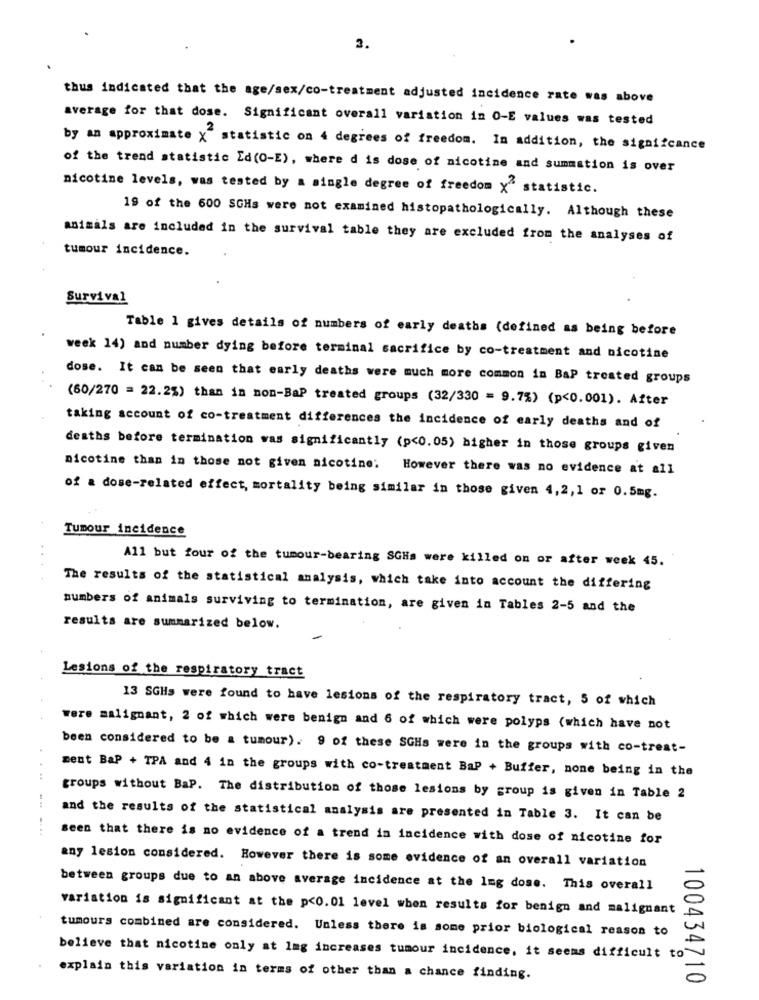
3.
thus indicated that the age/sex/co-treatment adjusted incidence rate was above
average for that dose. Significant overall variation in O-E values was tested
by an approximate x statistic on 4 degrees of freedom. In addition, the signifcance
of the trend statistic Ed(0-E), where d is dose of nicotine and summation is over
nicotine levels, was tested by a single degree of freedom X" statistic.
19 of the 600 SGHs were not examined histopathologically. Although these
animals are included in the survival table they are excluded from the analyses of
tumour incidence.
Survival
Table 1 gives details of numbers of early deaths (defined as being before
week 14) and number dying before terminal sacrifice by co-treatment and nicotine
dose. It can be seen that early deaths were much more common in BaP treated groups
(60/270 = 22.2%) than in non-BaP treated groups (32/330 = 9.7%) (p<0.001). After
taking account of co-treatment differences the incidence of early deaths and of
deaths before termination was significantly (p<0.05) higher in those groups given
nicotine than in those not given nicotine; However there was no evidence at all
of a dose-related effect, mortality being similar in those given 4,2,1 or 0.5mg.
Tumour incidence
All but four of the tumour-bearing SGHs were killed on or after week 45.
. .
The results of the statistical analysis, which take into account the differing
numbers of animals surviving to termination, are given in Tables 2-5 and the
results are summarized below.
Lesions of the respiratory tract
13 SGHs were found to have lesions of the respiratory tract, 5 of which
were malignant, 2 of which were benign and 6 of which were polyps (which have not
been considered to be a tumour). 9 of these SGHs were in the groups with co-treat-
ment BaP + TPA and 4 in the groups with co-treatment BaP + Buffer, none being in the
groups without BaP. The distribution of those lesions by group is given in Table 2
and the results of the statistical analysis are presented in Table 3. It can be
seen that there is no evidence of a trend in incidence with dose of nicotine for
any lesion considered. However there is some evidence of an overall variation
between groups due to an above average incidence at the 1mg dose. This overall
variation is significant at the p<0.01 level when results for benign and malignant
tumours combined are considered. Unless there is some prior biological reason to
believe that nicotine only at Img increases tumour incidence, it seems difficult to
explain this variation in terms of other than a chance finding.
100434710